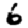
Digit: 6